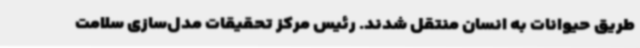
طریق حیوانات به انسان منتقل شدند. رئیس مرکز تحقیقات مدل‌سازی سلامت